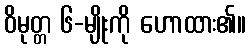
ဝိမုတ္တ ၆-မျိုးကို ဟောထား၏။